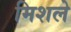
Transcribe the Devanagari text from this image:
मिशले